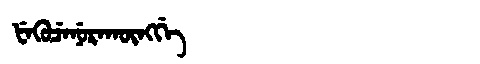
Manchu: ᡶᡝᡴᡠᠴᡝᠨᡠᡵᠠᡴᡡᠩᡤᡝ
Romanization: FEKUCENURAKŪNGGE